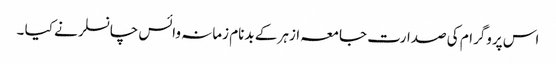
اس پروگرام کی صدارت جامعہ ازہر کے بدنام زمانہ وائس چانسلر نے کیا ۔